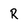
Character: R